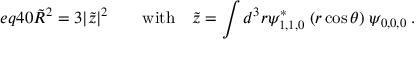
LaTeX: e q 4 0 \tilde { R } ^ { 2 } = 3 | \tilde { z } | ^ { 2 } \qquad \mathrm { w i t h } \quad \tilde { z } = \int d ^ { 3 } r \psi _ { 1 , 1 , 0 } ^ { \ast } \; ( r \cos \theta ) \; \psi _ { 0 , 0 , 0 } \; .